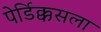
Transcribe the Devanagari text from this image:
पेर्डिक्कसला